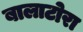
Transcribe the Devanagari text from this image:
बालाटोरा